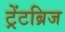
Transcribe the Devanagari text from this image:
ट्रेंटब्रिज